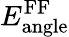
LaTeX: E_{\mathrm{angle}}^{\mathrm{FF}}